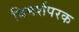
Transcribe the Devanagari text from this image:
विमर्शपरक